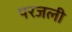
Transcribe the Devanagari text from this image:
परजली